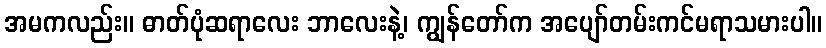
အမကလည်း။ ဓာတ်ပုံဆရာလေး ဘာလေးနဲ့၊ ကျွန်တော်က အပျော်တမ်းကင်မရာသမားပါ။